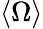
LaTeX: \langle\Omega\rangle